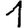
Digit: 1